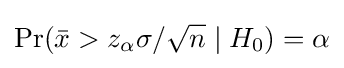
\Pr({\bar {x}}>z_{\alpha }\sigma /{\sqrt {n}}\mid H_{0})=\alpha